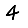
Digit: 4